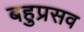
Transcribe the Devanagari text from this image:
बहुप्रसव